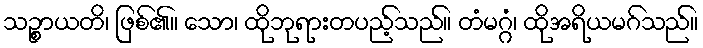
သဉ္စာယတိ၊ ဖြစ်၏။ သော၊ ထိုဘုရားတပည့်သည်။ တံမဂ္ဂံ၊ ထိုအရိယမဂ်သည်။